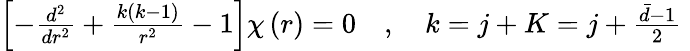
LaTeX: \begin{array}{r}{\left[-\frac{d^{2}}{dr^{2}}+\frac{k\left(k-1\right)}{r^{2}}-1\right]\chi\left(r\right)=0\quad,\quad k=j+K=j+\frac{\bar{d}-1}{2}\; }\end{array}